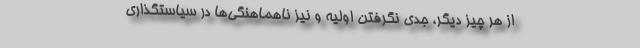
از هر چیز دیگر، جدی نگرفتن اولیه و نیز ناهماهنگی‌ها در سیاستگذاری